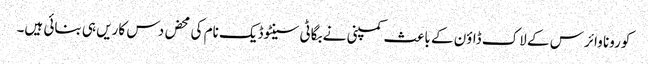
کورونا وائرس کے لاک ڈاؤن کے باعث کمپنی نے بگاٹی سینٹوڈیک نام کی محض دس کاریں ہی بنائی ہیں۔